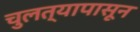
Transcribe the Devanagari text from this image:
चुलत्यापासून